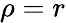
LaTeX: \rho=r